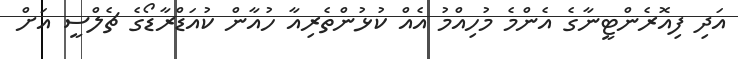
އަދި ފިއޮރެންޓީނާގެ އެންމެ މުހިއްމު އެއް ކުޅުންތެރިއާ ހުއާން ކުއަޑްރާޑޯގެ ޗެލްސީ އަށް